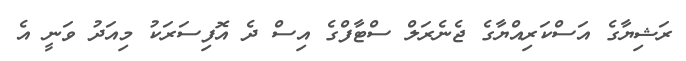
ރަޝިޔާގެ އަސްކަރިއްޔާގެ ޖެނެރަލް ސްޓާފްގެ އިސް ދެ އޮފިސަރަކު މިއަދު ވަނީ އެ